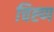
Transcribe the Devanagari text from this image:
चिह्ण